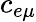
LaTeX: c_{e\mu}